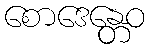
စောဒေန္တေဝ